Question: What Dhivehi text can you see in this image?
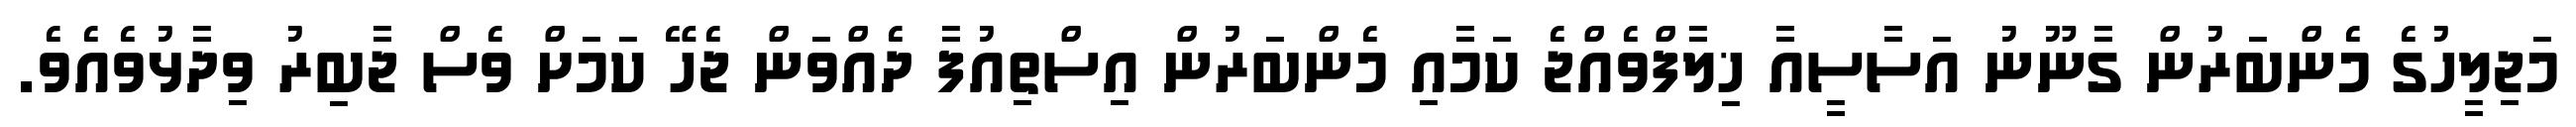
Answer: މަޖިލީހުގެ މެންބަރުން ގާނޫނު އަސާސީއާ ޚިލާފްވެއްޖެ ކަމާއި މެންބަރުން އިސްތިއުފާ ދެއްވަން ޖެހޭ ކަމަށް ވެސް ޖާބިރު ވިދާޅުވެއެވެ.